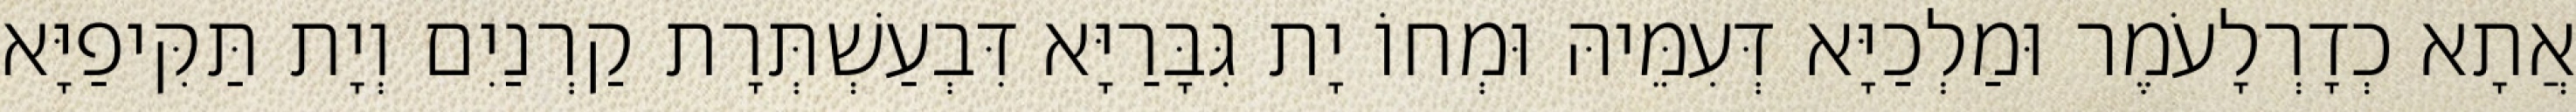
אֲתָא כְדָרְלָעֹמֶר וּמַלְכַיָּא דְּעִמֵּיהּ וּמְחוֹ יָת גִּבָּרַיָּא דִּבְעַשְׁתְּרָת קַרְנַיִם וְיָת תַּקִּיפַיָּא